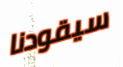
سيقودنا